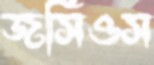
জর্সিওস